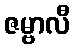
ဇမ္ဗာလီ